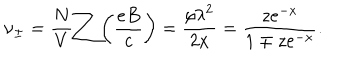
\nu _ { \pm } = { \frac { N } { V } } \Bigg / \left( { \frac { e B } { c } } \right) = { \frac { \rho \lambda ^ { 2 } } { 2 x } } = { \frac { z e ^ { - x } } { 1 \mp z e ^ { - x } } } .